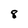
Character: 8